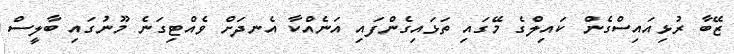
ޒޭބާ ރުޅިއައިސްގެން ކައިލްގެ މޭގައި ތަޅައިގެންފައި އަނެއްކާ އެނދަށް ވެއްޓިގަނެ މޫނުގައި ބާލީސް